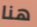
هنا